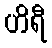
ဟိရီ